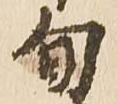
旬